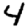
Digit: 4